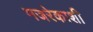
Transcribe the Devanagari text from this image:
मजरेकाशी